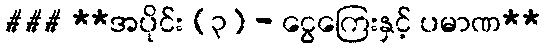
### **အပိုင်း (၃) - ငွေကြေးနှင့် ပမာဏ**